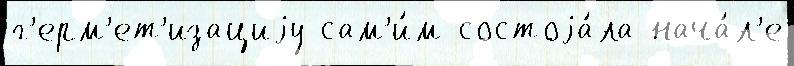
г'ерм'ет'изациjу сам'и́м состоjа́ла нача́л'е